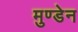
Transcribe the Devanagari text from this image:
मुण्‍डेन